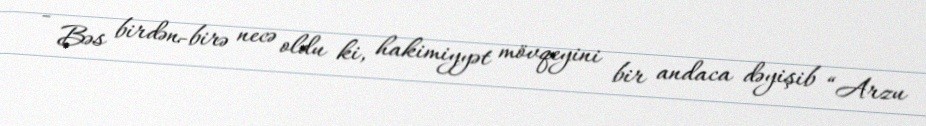
- Bəs birdən-birə necə oldu ki, hakimiyyət mövqeyini bir andaca dəyişib “Arzu